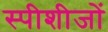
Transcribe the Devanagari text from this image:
स्पीशीजों